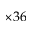
\times 3 6